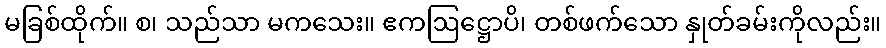
မခြစ်ထိုက်။ စ၊ သည်သာ မကသေး။ ဧကဩဋ္ဌောပိ၊ တစ်ဖက်သော နှုတ်ခမ်းကိုလည်း။